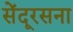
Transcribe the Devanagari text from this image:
सेंदूरसना